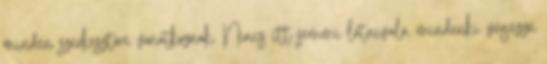
minden szerkesztőre vonatkoznak. Nincs itt semmi látnivaló, mindenki végezze